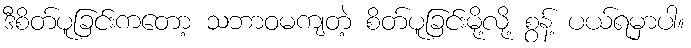
ဒီစိတ်ပူခြင်းကတော့ သဘာဝမကျတဲ့ စိတ်ပူခြင်းမို့လို့ စွန့် ပယ်ရမှာပါ။